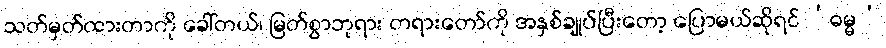
သတ်မှတ်ထားတာကို ခေါ်တယ်၊ မြတ်စွာဘုရား တရားတော်ကို အနှစ်ချုပ်ပြီးတော့ ပြောမယ်ဆိုရင် ‘ဓမ္မ’